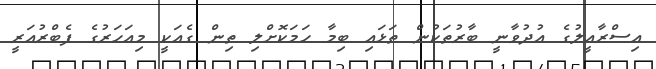
އިސްރާއީލުގެ އުދުވާނީ ބާރުތަކުން ތަޅައި ބިމާ ހަމަކޮށްލި ތިން ގެއަކީ މިއަހަރުގެ ފެބްރުއަރީ